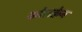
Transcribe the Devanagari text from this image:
कोराक्वेन